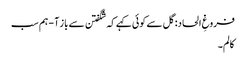
فروغِ الحاد: گل سے کوئی کہے کہ شگفتن سے باز آ - ہم سب
کالم۔